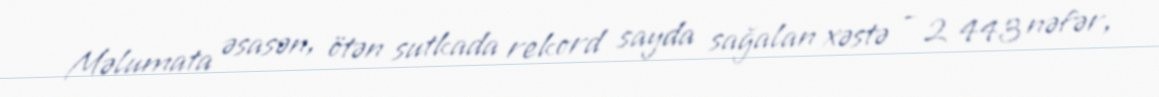
Məlumata əsasən, ötən sutkada rekord sayda sağalan xəstə - 2 443 nəfər,